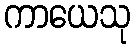
ကာယေသု